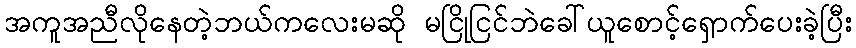
အကူအညီလိုနေတဲ့ဘယ်ကလေးမဆို မငြိုငြင်ဘဲခေါ်ယူစောင့်ရှောက်ပေးခဲ့ပြီး